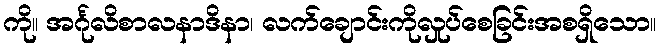
ကို။ အင်္ဂုလိစာလနာဒိနာ၊ လက်ချောင်းကိုလှုပ်စေခြင်းအစရှိသော။